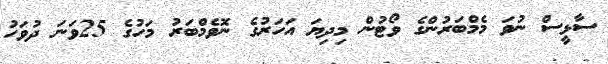
ސާޅީސް ނުވަ މެމްބަރުންގެ ވޯޓުން މިދިޔަ އަހަރުގެ ނޮވެމްބަރު މަހުގެ 25ވަނަ ދުވަހު